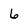
Character: 6